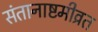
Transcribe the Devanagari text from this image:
संतानाष्टमीव्रत